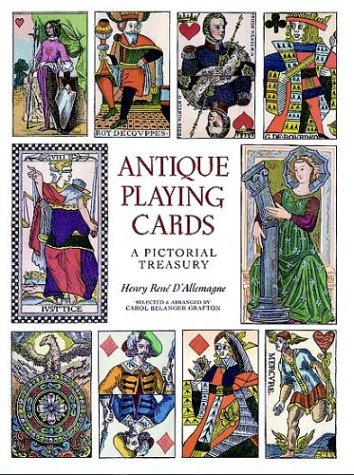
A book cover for Antique Playing Cards: A Pictorial History; Henry RenÃ© DEEAllemagne; Crafts, Hobbies & Home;